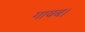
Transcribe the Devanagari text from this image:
गायब।